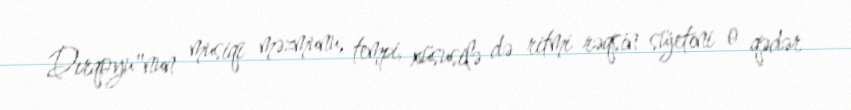
Dırqoyu"nun musiqi məzmunu, tempi, xüsusilə də ritmi rəqsin süjetini o qədər